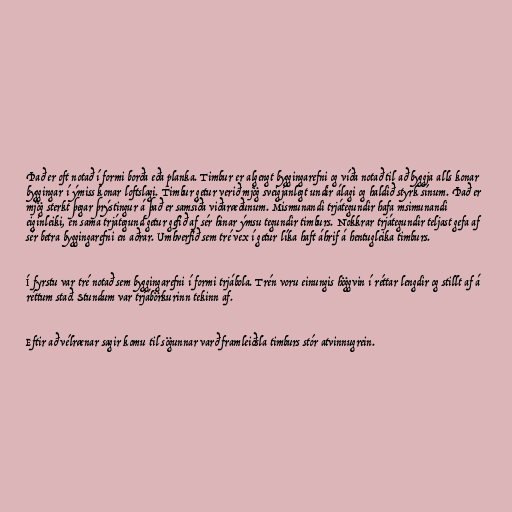
Það er oft notað í formi borða eða planka. Timbur er algengt byggingarefni og víða notað til að byggja alls konar
byggingar í ýmiss konar loftslagi. Timbur getur verið mjög sveigjanlegt undir álagi og haldið styrk sínum. Það er
mjög sterkt þegar þrýstingur á það er samsíða viðaræðunum. Mismunandi trjátegundir hafa msimunandi
eiginleiki, en sama trjátegund getur gefið af sér hinar ýmsu tegundir timburs. Nokkrar trjátegundir teljast gefa af
sér betra byggingarefni en aðrar. Umhverfið sem tré vex í getur líka haft áhrif á hentugleika timburs.

Í fyrstu var tré notað sem byggingarefni í formi trjábola. Trén voru einungis höggvin í réttar lengdir og stillt af á
réttum stað. Stundum var trjábörkurinn tekinn af.

Eftir að vélrænar sagir komu til sögunnar varð framleiðsla timburs stór atvinnugrein.